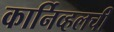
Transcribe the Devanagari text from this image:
कार्निव्हलची